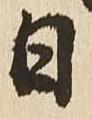
日